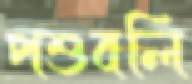
পশুবলি